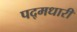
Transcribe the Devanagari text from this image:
पद्मधारी